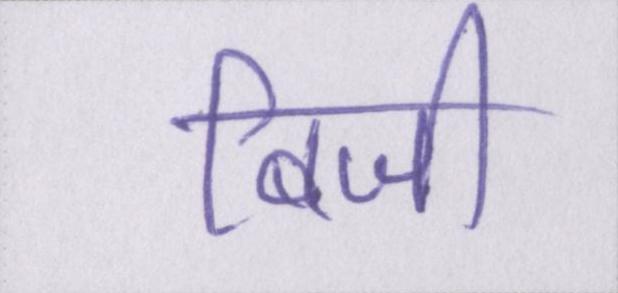
बिजी